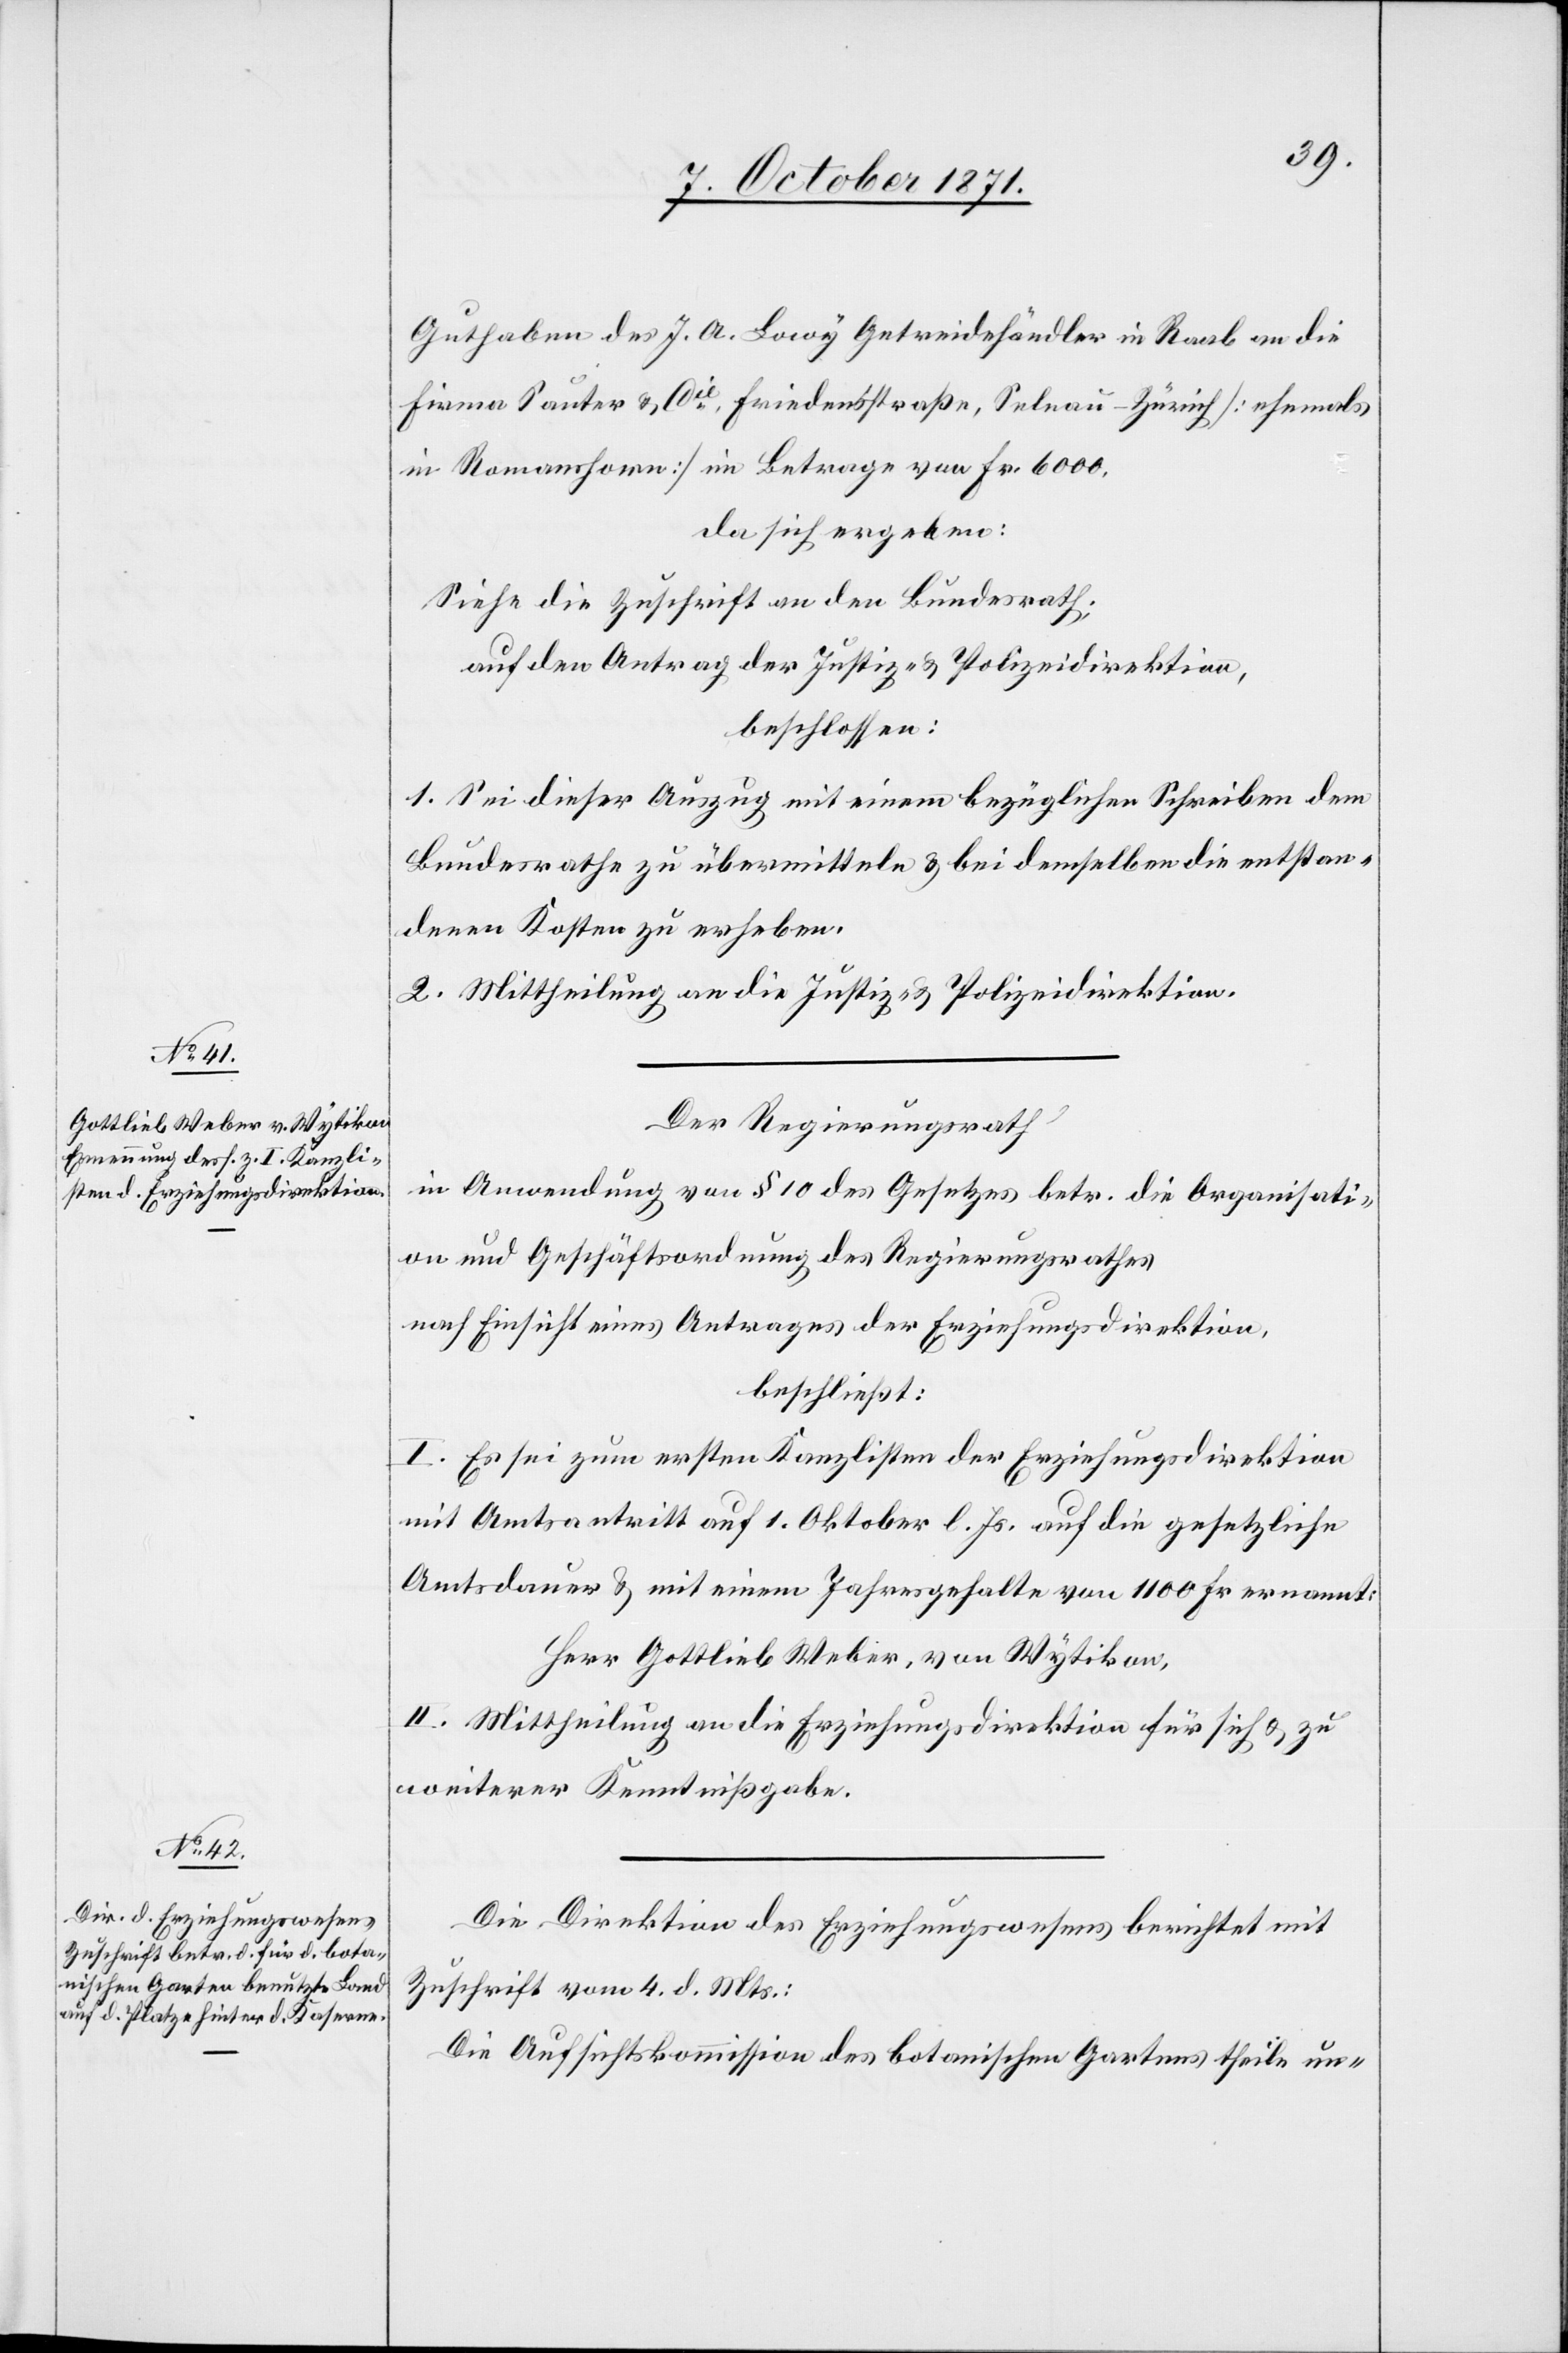
Guthaben des J. A. Lowy Getreidehändler in Raab an die
Firma Sauter & Cie Friedenstraße, Selnau-Zürich [ehemals
in Romanshorn] im Betrage von Fr. 6000,
da sich ergeben:
Siehe die Zuschrift an den Bundesrath;
Auf den Antrag der Justiz- & Polizeidirektion,
beschlossen:
1. Sei dieser Auszug mit einem bezüglichen Schreiben dem
Bundesrathe zu übermitteln & bei demselben die entstan¬
denen Kosten zu erheben.
2. Mittheilung an die Justiz- & Polizeidirektion.
Der Regierungsrath
In Anwendung von § 10 des Gesetzes betr. die Organisati¬
on und Geschäftsordnung des Regierungsrathes
nach Einsicht eines Antrages der Erziehungsdirektion,
beschließt:
I. Es sei zum ersten Kanzlisten der Erziehungsdirektion
mit Amtsantritt auf 1. Oktober l. Js. auf die gesetzliche
Amtsdauer & mit einem Jahresgehalte von 1100 Fr. ernannt:
Herr Gottlieb Weber, von Wytikon,
II. Mittheilung an die Erziehungsdirektion für sich & zu
weiterer Kenntnißgabe.
Die Direktion des Erziehungswesens berichtet mit
Zuschrift vom 4. d. Mts.:
Die Aufsichtskommission des botanischen Gartens theile un-